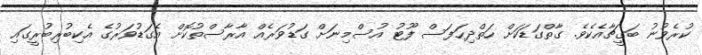
ކުރެވުނު ބަގީޗާއެކެވެ. ގާތްގަޑަކަށް ހަތްދިހަފަސް ފޫޓު އުސްމިނަށް ގަޑުވަރެއް އާރާސްތުކޮށް އެގަޑުވަރުގެ އެކިބުރިބުރީގައި